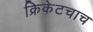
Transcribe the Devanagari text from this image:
क्रिकेटचाच